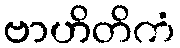
ဗာဟိတိကံ